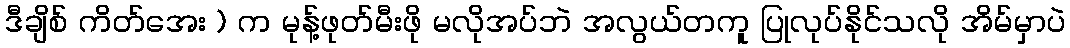
ဒီချိစ် ကိတ်အေး ) က မုန့်ဖုတ်မီးဖို မလိုအပ်ဘဲ အလွယ်တကူ ပြုလုပ်နိုင်သလို အိမ်မှာပဲ